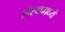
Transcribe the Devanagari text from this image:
संस्थमध्ये